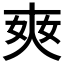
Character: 𡘘